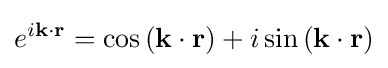
e^{i\mathbf {k} \cdot \mathbf {r} }=\cos {(\mathbf {k} \cdot \mathbf {r} )}+i\sin {(\mathbf {k} \cdot \mathbf {r} )}